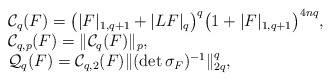
\begin{align*}\begin{array}{ll}&\mathcal{C}_q(F)=\big(|F|_{1,q+1}+|LF|_{q}\big)^ q\big(1+|F|_{1,q+1}\big)^ {4nq},\\ &\mathcal{C}_{q,p}(F)=\|\mathcal{C}_q(F)\|_ p,\\ &\mathcal{Q}_{q}(F)=\mathcal{C}_{q,2}(F)\|(\det \sigma_F)^ {-1}\|_{2q}^ q,\end{array}\end{align*}